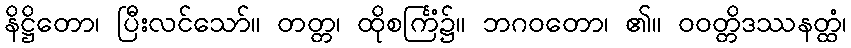
နိဋ္ဌိတော၊ ပြီးလင်သော်။ တတ္တ၊ ထိုစင်္ကြံ၌။ ဘဂဝတော၊ ၏။ ဝဝတ္တိဒဿနတ္ထံ၊